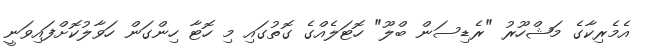
އެމެރިކާގެ މަޝްހޫރު "ރެޑިސަން ބްލޫ" ހޮޓަލެއްގެ ގޮތުގައި މި ހޮޓާ ހިންގަން ހަވާލުކޮށްފައިވަނީ